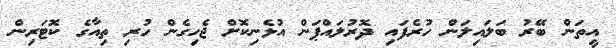
އީތަން ބޭރު ބަލައިލަން ހުރެފައި ދޮރުލައްޕަން އުޅެނިކޮށް ޖެހިގެން ހުރި ތިއާގެ ކޮޓަރިން